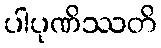
ပါပုဏိဿတိ